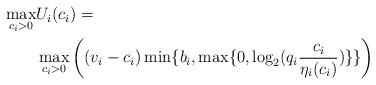
LaTeX: \begin{align*}\begin{aligned}\max_{c_i> 0} &U_i(c_i)=\\&\max_{c_i> 0} \bigg{(}(v_i-c_i)\min\{b_i,\max\{0,\log_2({q_i\frac{c_i}{{\eta}_i(c_i)}})\}\}\bigg{)}\end{aligned}\end{align*}